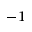
^ { - 1 }